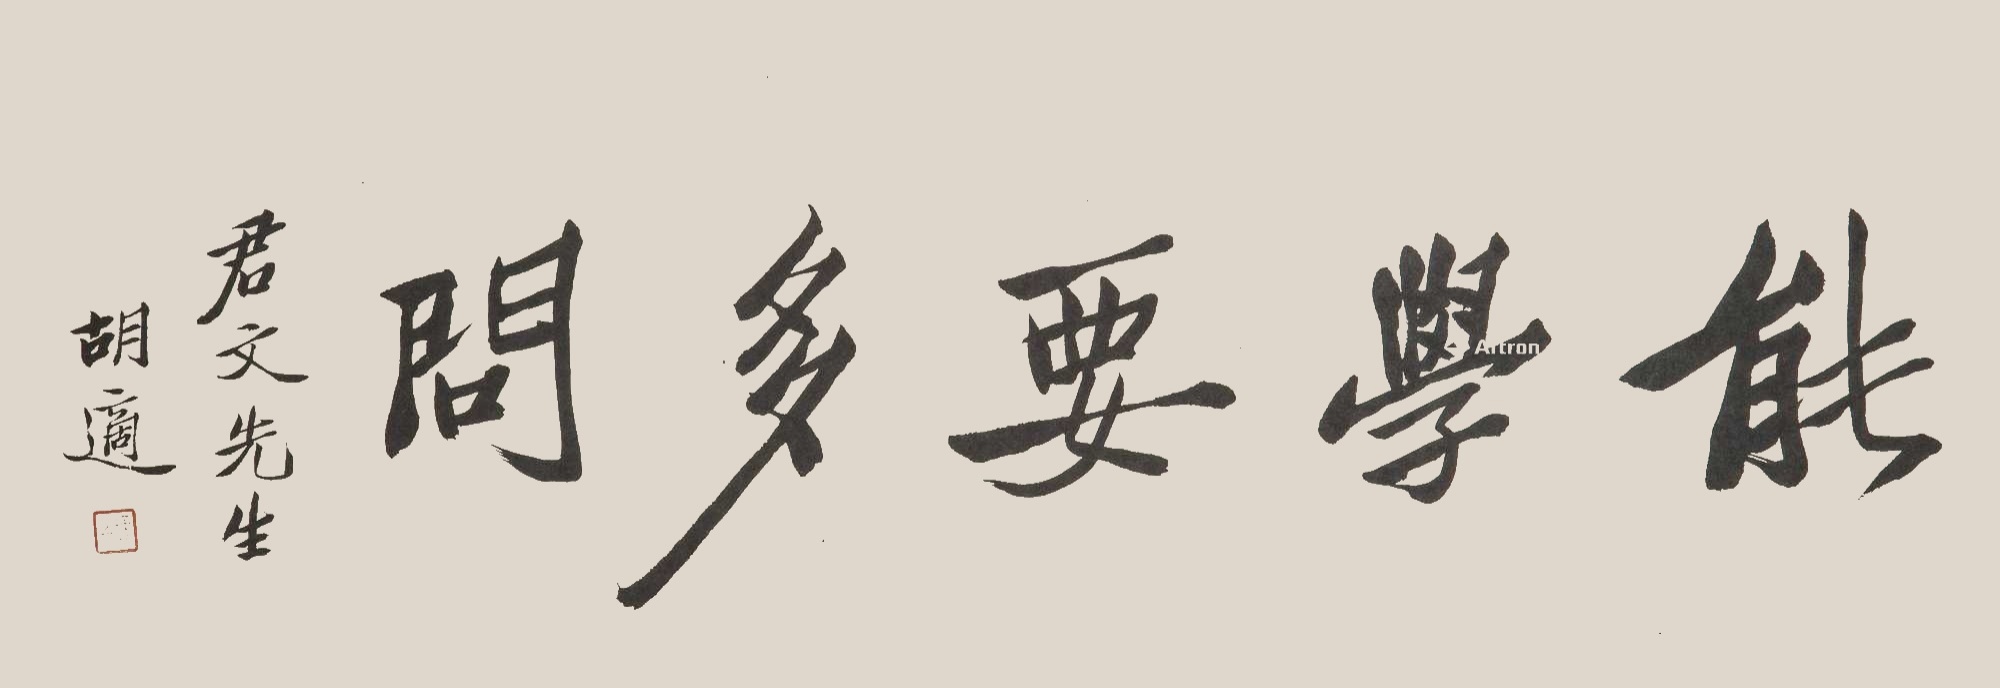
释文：能学要多问。君文先生，胡适。